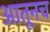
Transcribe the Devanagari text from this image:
आतूनच